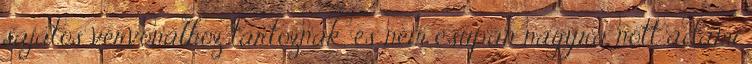
sajátos vérvonalhoz tartoznak, és nem csupán nagyra nőtt ádámi